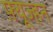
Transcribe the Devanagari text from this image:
फ़्यूज्हन